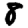
Digit: 8